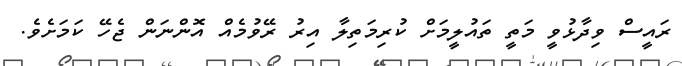
ރައީސް ވިދާޅުވީ މަތީ ތައުލީމަށް ކުރިމަތިލާ އިރު ރޭވުމެއް އޮންނަން ޖެހޭ ކަމަށެވެ.